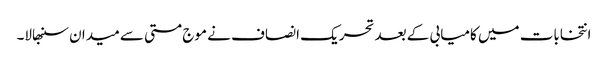
انتخابات میں کامیابی کے بعد تحریک انصاف نے موج مستی سے میدان سنبھالا۔